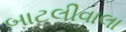
બાટલીવાલા